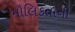
મૌલિકતાની